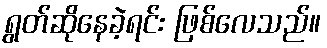
ရွတ်ဆိုနေခဲ့ရင်း ဖြစ်လေသည်။